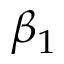
\beta _ { 1 }